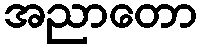
အညာတော